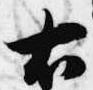
右